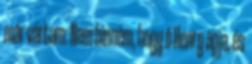
már vártam: Nem hinném, hogy ő Henry apja, és